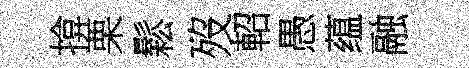
揜栗鬆歿軺愚蕴融